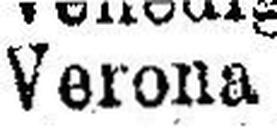
Verona